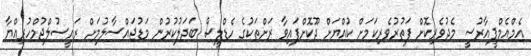
އެމްއެމްޕީއާރުސީ މެދުވެރިކޮށް ފަތުރުވެރިކަމަށް ކުއްޔަށް ދޫކޮށްފައިވާ ރަށްތަކުގެ ހެޑްލީސް ބަދަލުކުރުން މަޑުޖައްސާލުމަށް ރައީސުލްޖުމްހުރިއްޔާ